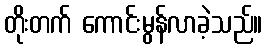
တိုးတက် ကောင်းမွန်လာခဲ့သည်။